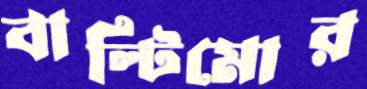
বাল্টিমোর